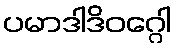
ပမာဒါဒိဝဂ္ဂေါ